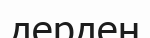
дерден